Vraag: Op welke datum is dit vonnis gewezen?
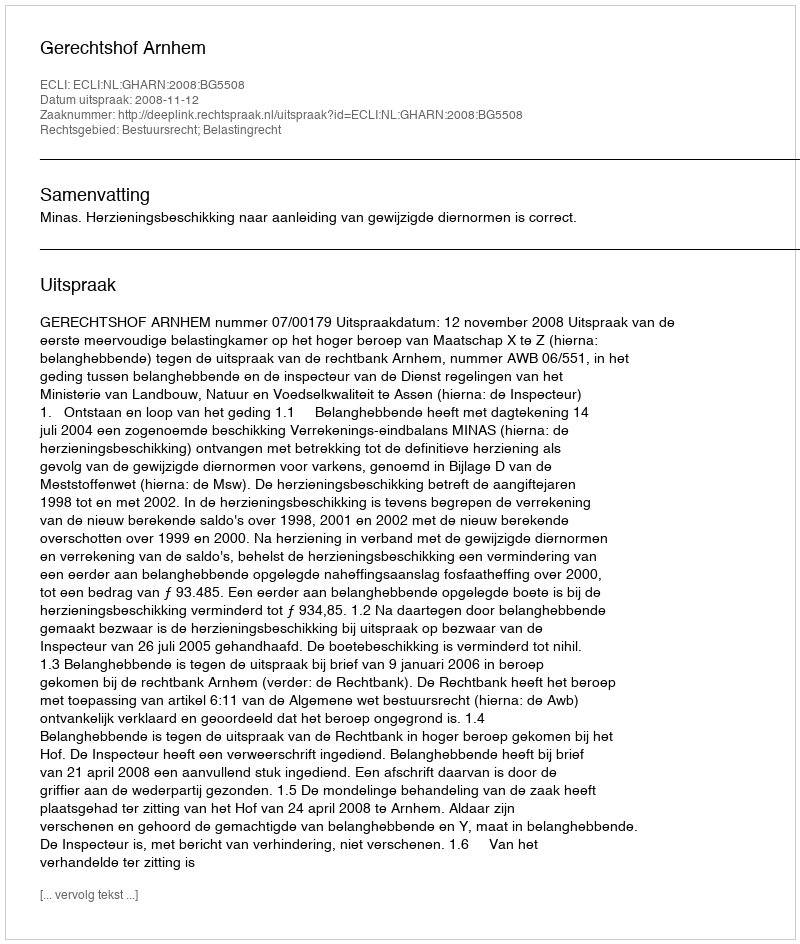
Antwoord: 2008-11-12